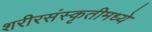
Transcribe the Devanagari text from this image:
शरीरसंस्कृतीमध्ये